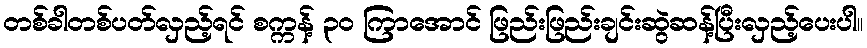
တစ်ခါတစ်ပတ်လှည့်ရင် စက္ကန့် ၃၀ ကြာအောင် ဖြည်းဖြည်းချင်းဆွဲဆန့်ပြီးလှည့်ပေးပါ။